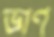
ভাণ